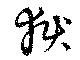
獄